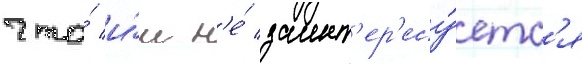
что́ и́м н'е́ заинт'ер'есу́етс'я